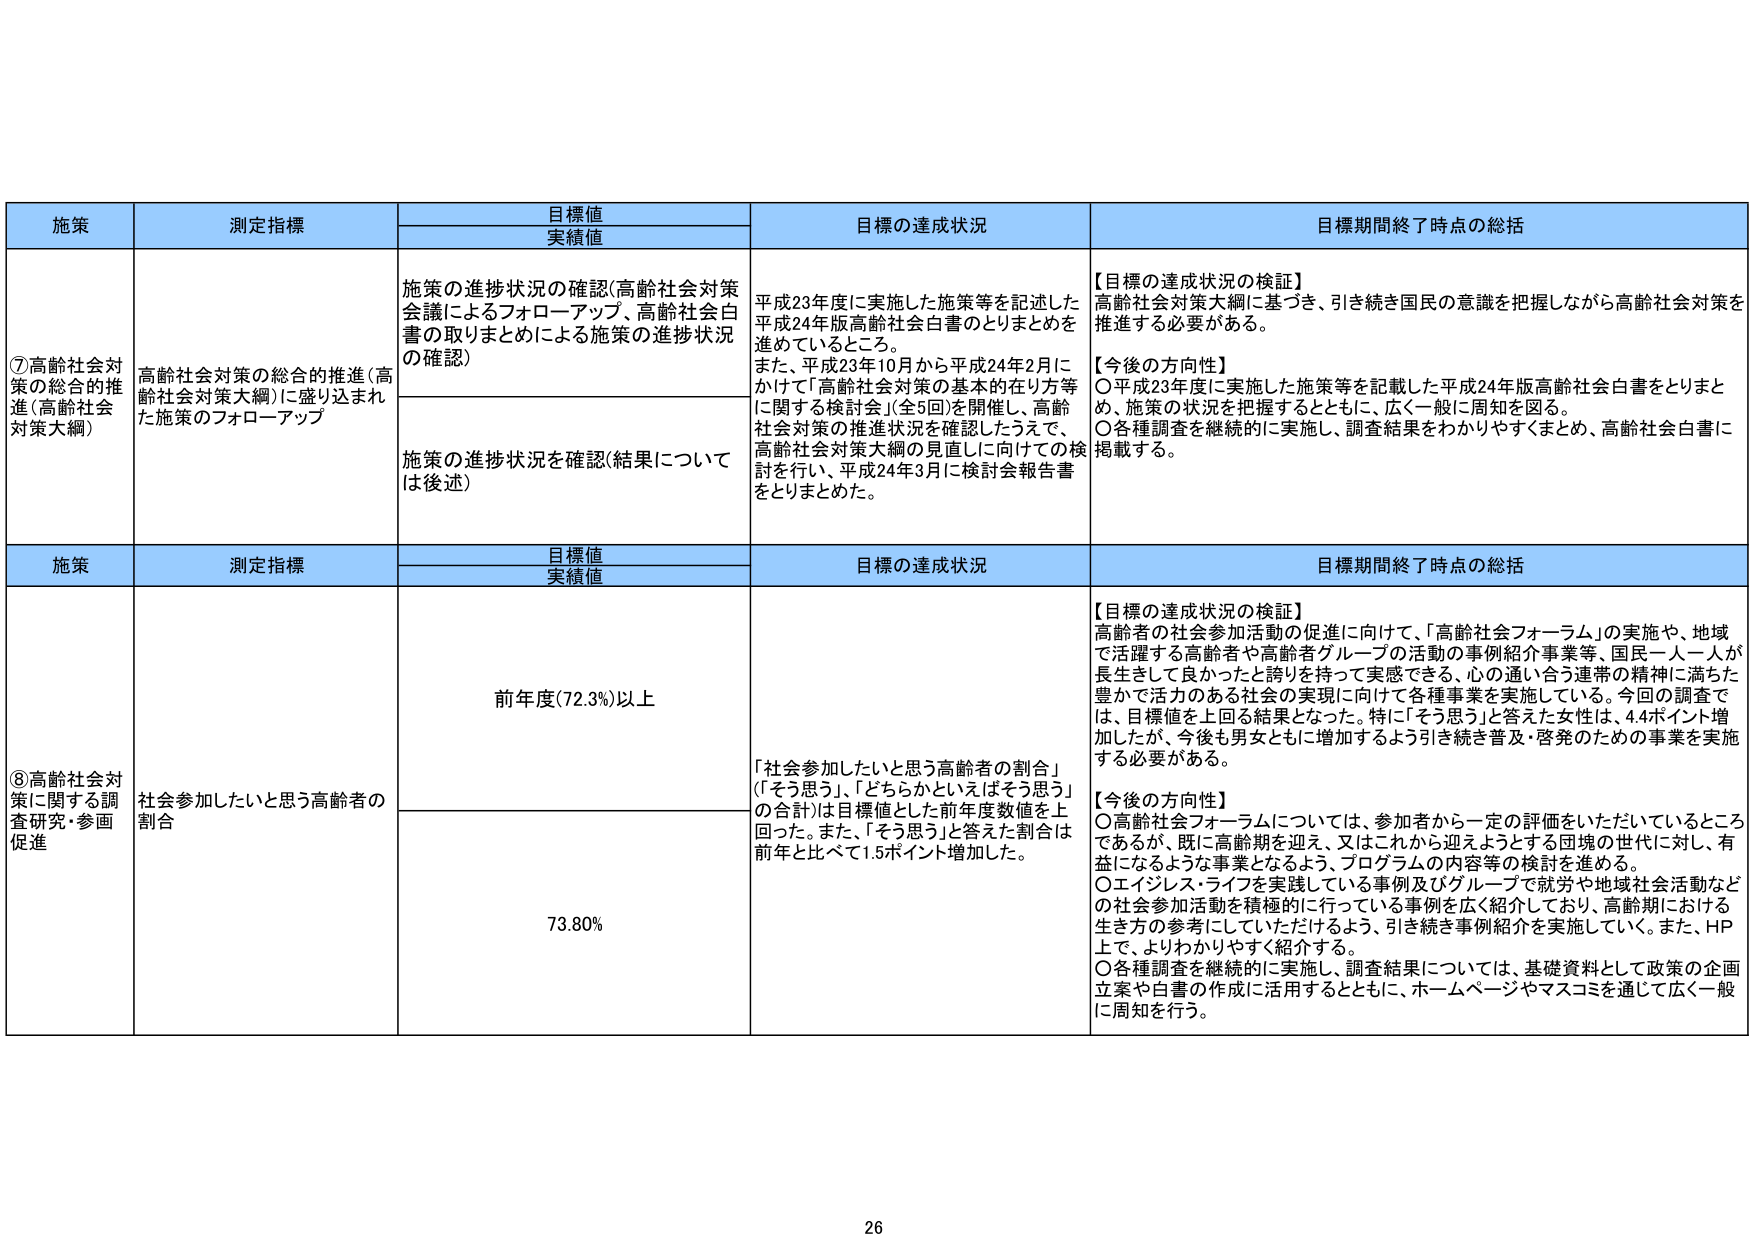
施策 測定指標 目標値 実績値 目標の達成状況 目標期間終了時点の総括
⑦高齢社会対策の総合的推進（高齢社会対策大綱） 高齢社会対策の総合的推進（高齢社会対策大綱）に盛り込まれた施策のフォローアップ 施策の進捗状況の確認（高齢社会対策会議によるフォローアップ、高齢社会白書の取りまとめによる施策の進捗状況の確認） 平成23年度に実施した施策等を記述した平成24年版高齢社会白書のとりまとめを進めているところ。また、平成23年10月から平成24年2月にかけて「高齢社会対策の基本的な在り方等に関する検討会」（全5回）を開催し、高齢社会対策の推進状況を確認したうえで、高齢社会対策大綱の見直しに向けての検討を行い、平成24年3月に検討会報告書をとりまとめた。 【目標の達成状況の検証】 高齢社会対策大綱に基づき、引き続き国民の意識を把握しながら高齢社会対策を推進する必要がある。 【今後の方向性】 ○平成23年度に実施した施策等を記述した平成24年版高齢社会白書をとりまとめ、施策の状況を把握するとともに、広く一般に周知を図る。 ○各種調査を継続的に実施し、調査結果をわかりやすくまとめ、高齢社会白書に掲載する。 施策 測定指標 目標値 実績値 目標の達成状況 目標期間終了時点の総括 ⑧高齢社会対策に関する調査研究・参画促進 社会参加したいと思う高齢者の割合 前年度（72.3%）以上 「社会参加したいと思う高齢者の割合」（「そう思う」、「どちらかといえばそう思う」の合計）は目標値とした前年度数値を上回った。また、「そう思う」と答えた割合は前年と比べて1.5ポイント増加した。 【目標の達成状況の検証】 高齢者の社会参加活動の促進に向けて、「高齢社会フォーラム」の実施や、地域で活躍する高齢者や高齢者グループの活動の事例紹介事業等、国民一人一人が長生きして良かったと誇りを持って実感できる、心の通い合う連帯の精神に満ちた豊かで活力のある社会の実現に向けて各種事業を実施している。今回の調査では、目標値を上回る結果となった。特に「そう思う」と答えた女性は、4.4ポイント増加したが、今後も男女ともに増加するよう引き続き普及・啓発のための事業を実施する必要がある。 【今後の方向性】 ○高齢社会フォーラムについては、参加者から一定の評価をいただいているところであるが、既に高齢期を迎え、又はこれから迎えようとする団塊の世代に対し、有益になるような事業となるよう、プログラムの内容等の検討を進める。 ○エイジレス・ライフを実践している事例及びグループで就労や地域社会活動などの社会参加活動を積極的に行っている事例を広く紹介しており、高齢期における生き方の参考にしていただけるよう、引き続き事例紹介を実施していく。また、HP上で、よりわかりやすく紹介する。 ○各種調査を継続的に実施し、調査結果については、基礎資料として政策の企画立案や白書の作成に活用するとともに、ホームページやマスコミを通じて広く一般に周知を行う。 73.80% 26